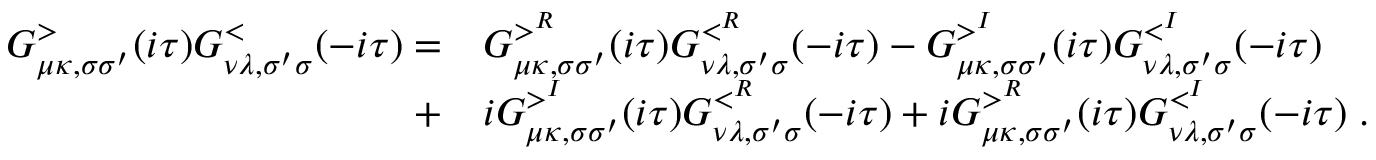
\begin{array} { r l } { G _ { \mu \kappa , \sigma \sigma ^ { \prime } } ^ { > } ( i \tau ) G _ { \nu \lambda , \sigma ^ { \prime } \sigma } ^ { < } ( - i \tau ) = } & { { } G _ { \mu \kappa , \sigma \sigma ^ { \prime } } ^ { > ^ { R } } ( i \tau ) G _ { \nu \lambda , \sigma ^ { \prime } \sigma } ^ { < ^ { R } } ( - i \tau ) - G _ { \mu \kappa , \sigma \sigma ^ { \prime } } ^ { > ^ { I } } ( i \tau ) G _ { \nu \lambda , \sigma ^ { \prime } \sigma } ^ { < ^ { I } } ( - i \tau ) } \\ { + } & { { } i G _ { \mu \kappa , \sigma \sigma ^ { \prime } } ^ { > ^ { I } } ( i \tau ) G _ { \nu \lambda , \sigma ^ { \prime } \sigma } ^ { < ^ { R } } ( - i \tau ) + i G _ { \mu \kappa , \sigma \sigma ^ { \prime } } ^ { > ^ { R } } ( i \tau ) G _ { \nu \lambda , \sigma ^ { \prime } \sigma } ^ { < ^ { I } } ( - i \tau ) \; . } \end{array}